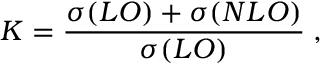
K = \frac { \sigma ( L O ) + \sigma ( N L O ) } { \sigma ( L O ) } \; ,